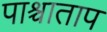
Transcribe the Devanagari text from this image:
पाश्चाताप